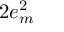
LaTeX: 2 e _ { m } ^ { 2 }